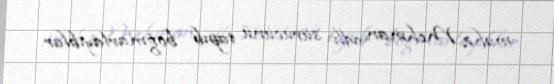
məhz Mehman adlı sürücünü tapıb boğmarlayıblar.